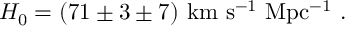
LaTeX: H _ { 0 } = ( 7 1 \pm 3 \pm 7 ) \ \mathrm { k m \ s ^ { - 1 } \ M p c ^ { - 1 } } \ .